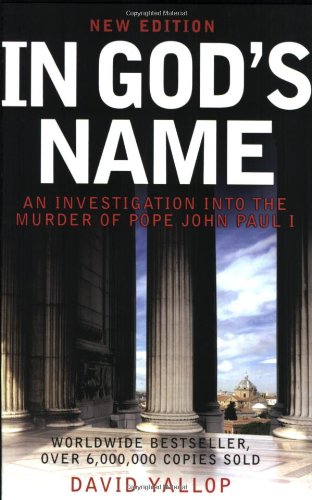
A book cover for In God's Name: An Investigation Into the Murder of Pope John Paul I; David Yallop; Christian Books & Bibles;